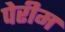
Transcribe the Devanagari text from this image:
पेरीम